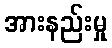
အားနည်းမှု